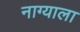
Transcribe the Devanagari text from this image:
नाग्याला